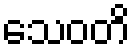
သေဝတိ